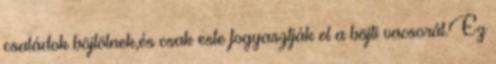
családok böjtölnek,és csak este fogyasztják el a böjti vacsorát.Ez